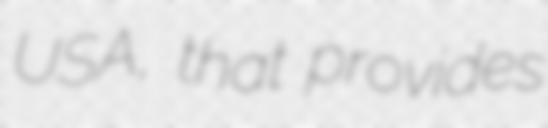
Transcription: USA, that provides